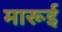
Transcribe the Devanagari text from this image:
मारूई